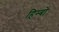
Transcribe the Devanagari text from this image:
हिम्बो